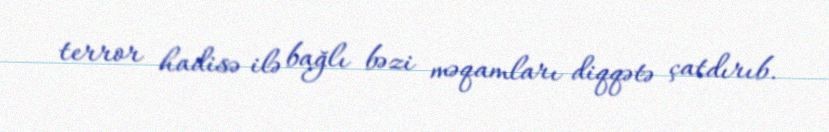
terror hadisə ilə bağlı bəzi məqamları diqqətə çatdırıb.